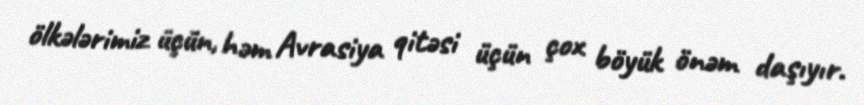
ölkələrimiz üçün, həm Avrasiya qitəsi üçün çox böyük önəm daşıyır.